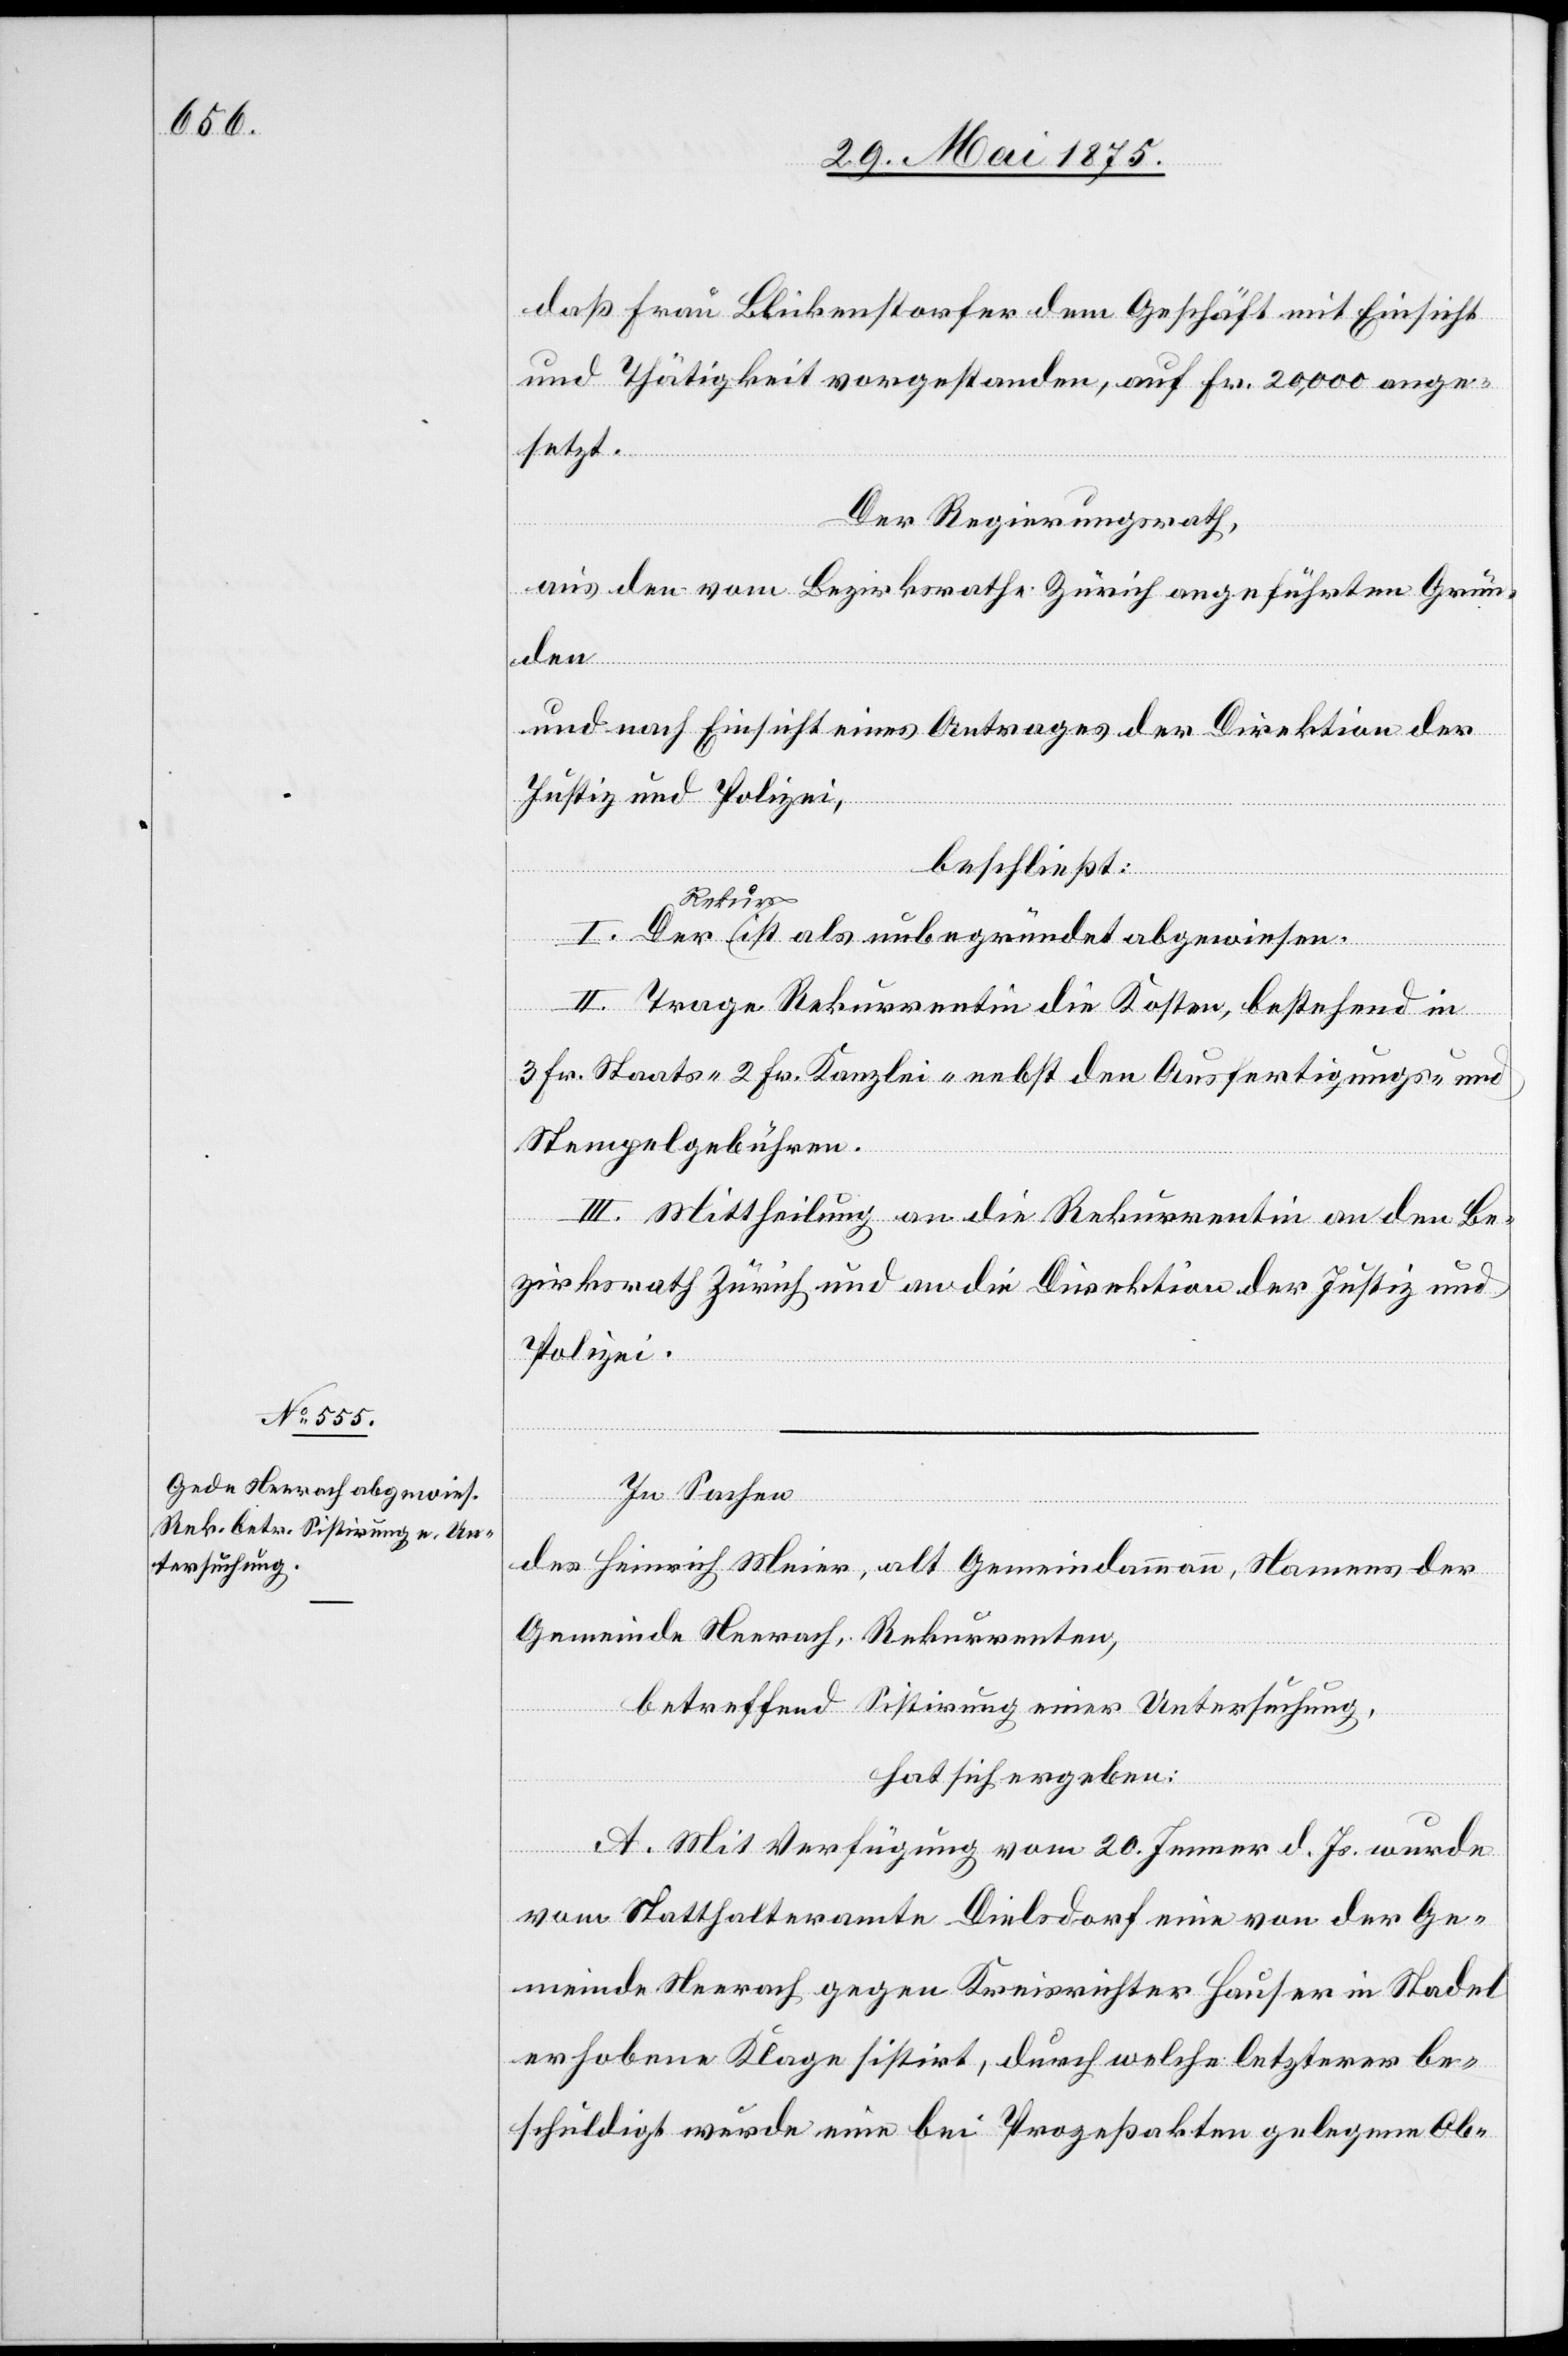
daß Frau Blickenstorfer dem Geschäft mit Einsicht
und Thätigkeit vorgestanden, auf Fr. 20,000 ange¬
setzt.
Der Regierungsrath,
aus den vom Bezirksrathe Zürich angeführten Grün¬
und nach Einsicht eines Antrages der Direktion der
Justiz und Polizei,
den
beschließt:
I. Der Rekurs ist als unbegründet abgewiesen.
II. Trage Rekurrentin die Kosten, bestehend in
3 Fr. Staats-[,] 2 Fr. Kanzlei- nebst den Ausfertigungs- und
Stempelgebühren.
III. Mittheilung an die Rekurrentin an den Be¬
zirksrath Zürich und an die Direktion der Justiz und
Polizei.
In Sachen
des Heinrich Meier, alt Gemeindeammann, Namens der
Gemeinde Neerach, Rekurrenten,
betreffen Sistirung einer Untersuchung,
hat sich ergeben:
A. Mit Verfügung vom 20. Jenner d. Js. wurde
vom Statthalteramte Dielsdorf eine von der Ge¬
meinde Neerach gegen Kreisrichter Hauser in Stadel
erhobene Klage sistirt, durch welche letzterer be¬
schuldigt wurde eine bei Prozessakten gelegene Ob-